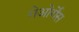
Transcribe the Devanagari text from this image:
गेओर्गेस